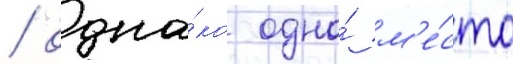
/ одна́ко одно́ м'е́сто